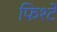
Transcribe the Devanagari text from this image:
फिश्टे